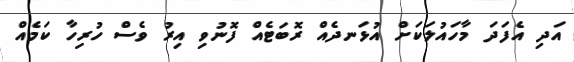
އަދި އެފަދަ މާހައުލަކަށް އުޅަނދެއް ރޮބަޓެއް ފޮނުވި އިރު ވެސް ހުރިހާ ކަމެއް